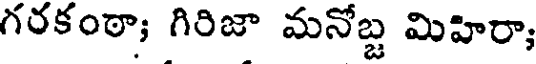
గరకంఠా; గిరిజా మనోబ్జ మిహిరా,